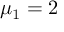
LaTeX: \mu _ { 1 } = 2